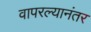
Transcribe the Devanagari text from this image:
वापरल्यानंतर